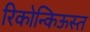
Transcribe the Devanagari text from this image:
रिकोन्किऊस्त